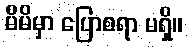
မိမိမှာ ပြောစရာ မရှိ။